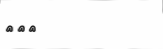
١٥٣